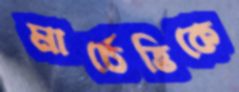
মার্চেত্তিকে